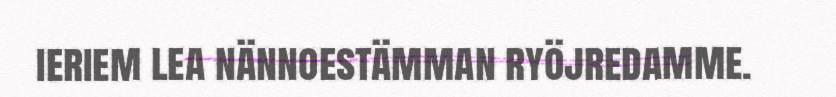
ieriem lea nännoestämman ryöjredamme.